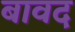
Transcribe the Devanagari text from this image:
बावद